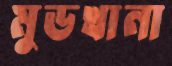
মুডখানা